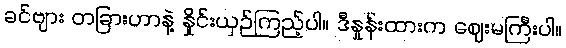
ခင်ဗျား တခြားဟာနဲ့ နှိုင်းယှဉ်ကြည့်ပါ။ ဒီနှုန်းထားက ဈေးမကြီးပါ။